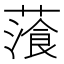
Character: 𦻂